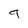
Character: 9